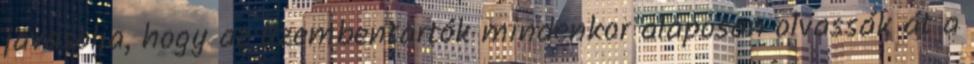
javasolja, hogy az üzembentartók mindenkor alaposan olvassák át a